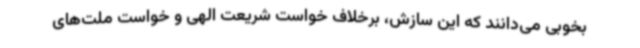
بخوبی می‌دانند که این سازش، برخلاف خواست شریعت الهی و خواست ملت‌های